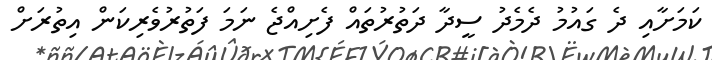
ކަމަށާއި ދެ ގައުމު ދެމެދު ސީދާ ދަތުރުތައް ފެށިއްޖެ ނަމަ ފަތުރުވެރިކަން އިތުރަށް